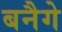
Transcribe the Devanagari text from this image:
बनैगे